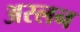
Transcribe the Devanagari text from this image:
अस्लन